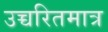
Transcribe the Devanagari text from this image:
उच्चरितमात्र